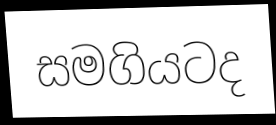
සමගියටද